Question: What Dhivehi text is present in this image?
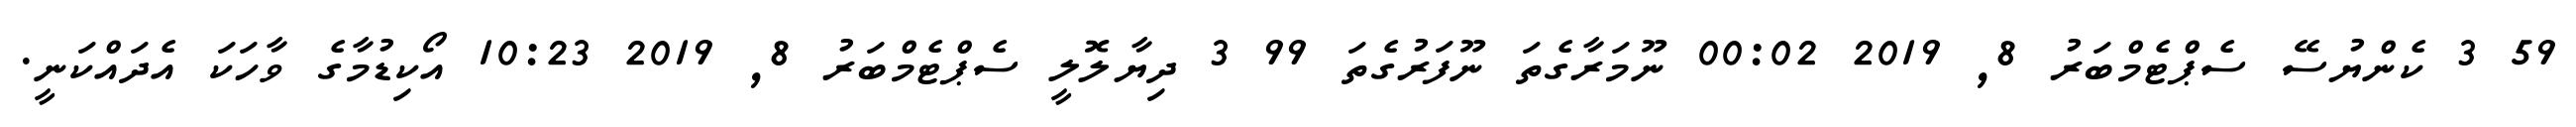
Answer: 59 3 ކެންޔުސޭ ސެޕްޓެމްބަރު 8, 2019 00:02 ނޫމަރާގެތަ ނޫފަރުގެތަ 99 3 ދިޔާލޮލީ ސެޕްޓެމްބަރު 8, 2019 10:23 އޯކިޑުމާގެ ވާހަކަ އެދައްކަނީ.